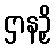
ဌာနဉှိ